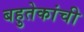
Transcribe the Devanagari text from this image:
बहुतेकांची